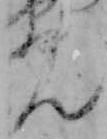
ん